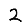
Digit: 2